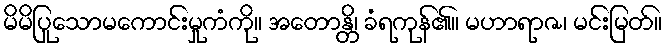
မိမိပြုသောမကောင်းမှုကံကို။ အတောန္တိ၊ ခံရကုန်၏။ မဟာရာဇ၊ မင်းမြတ်။